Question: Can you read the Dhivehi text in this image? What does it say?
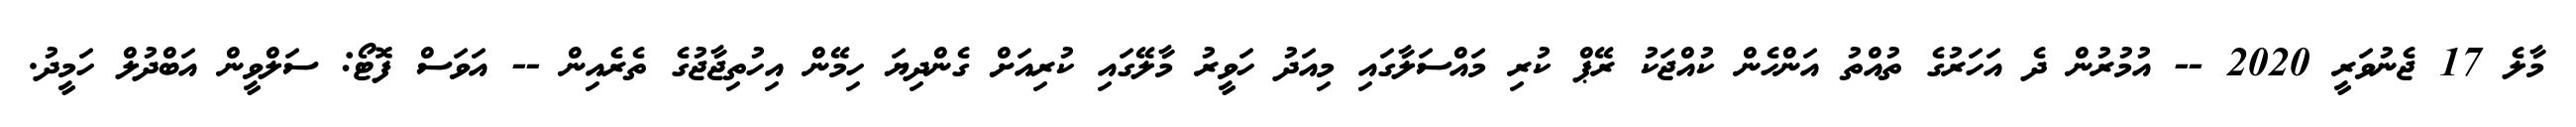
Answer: މާލެ 17 ޖެނުވަރީ 2020 -- އުމުރުން ދެ އަހަރުގެ ތުއްތު އަންހެން ކުއްޖަކު ރޭޕް ކުރި މައްސަލާގައި މިއަދު ހަވީރު މާލޭގައި ކުރިއަށް ގެންދިޔަ ހިމޭން އިހުތިޖާޖުގެ ތެރެއިން -- އަވަސް ފޮޓޯ: ސަލްވީން އަބްދުލް ހަމީދު.